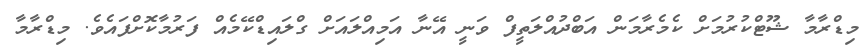
މިޑްރާމާ ޝޫޓްކުރުމަށް ކެމެރާމަން އަބްދުއްލަތީފް ވަނީ އޭނާ އަމިއްލައަށް ގްލައިޑްކޭމެއް ފަރުމާކޮށްފައެވެ. މިޑްރާމާ